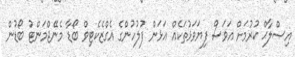
އިޞްލާޙް ކުރުމަށް އަވަސް ފިޔަވަޅުތަކެއް އަޅަން ފުލުހުންގެ އެގްޒެކެޓިވް ބޯޑާ މެނޭޖްމަންޓު ބޯޑުން